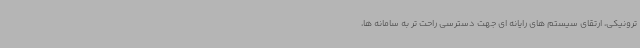
ترونیکی، ارتقای سیستم های رایانه ای جهت دسترسی راحت تر به سامانه ها،